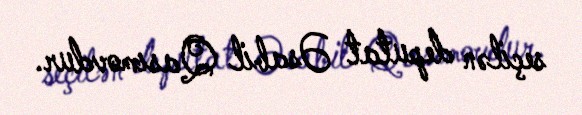
seçilən deputat Əsabil Qasımovdur.